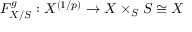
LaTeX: F _ { X / S } ^ { g } : X ^ { ( 1 / p ) } \to X \times _ { S } S \cong X